Civil Veterinary Department. Madras. Admin. report 1926-33 - 1926-1933
Year: 1926
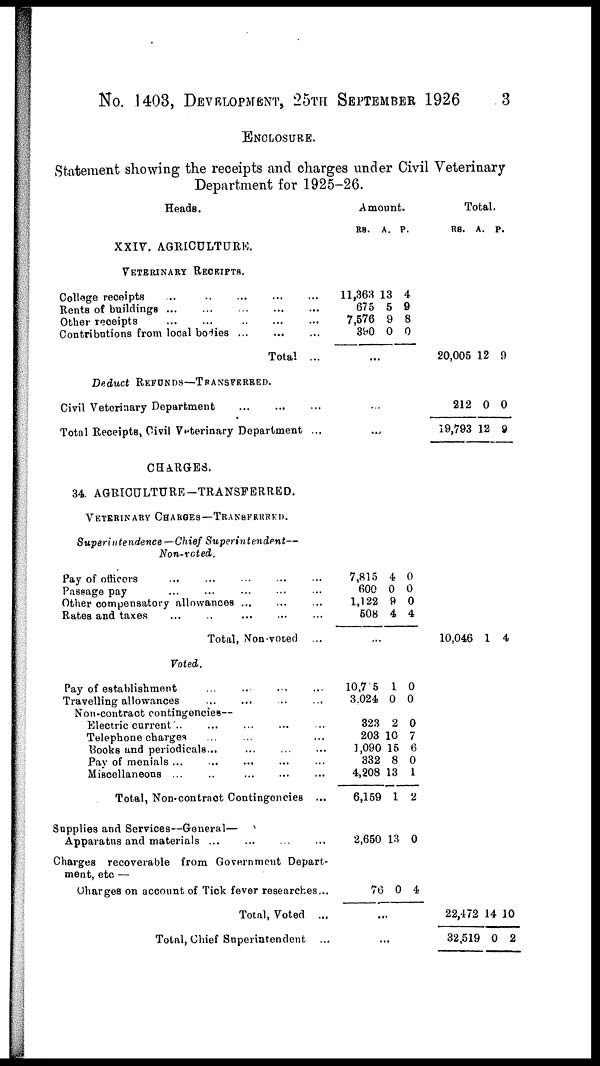
No. 1403, DEVELOPMENT, 25TH SEPTEMBER 1926
3
ENCLOSURE.
Statement showing the receipts and charges under Civil Veterinary
Department for 1925-26.
Heads.
XXIV. AGRICULTURE.
VETERINARY RECEIPTS.
College receipts
...
..
...
...
Rents of buildings
...
...
...
...
Other receipts
...
...
..
...
Contributions from local bodies
...
...
...
Total ...
Deduct REFUNDS—TRANSFERRED.
Civil Veterinary Department
...
...
...
Total Receipts, Civil Veterinary Department ...
CHARGES.
34. AGRICULTURE-TRANSFERRED.
VETERINARY CHARGES—TRANSFERRED.
Superintendence—Chief
Superintendent—
Non-noted.
Pay of officers
...
...
...
...
...
Passage pay
...
...
...
...
Other compensatory allowances ... ... ...
Rates and taxes
...
... ... ... ...
Total, Non-vorted ...
Voted.
Pay of establishment
...
...
...
...
...
Travelling allowances
...
...
...
...
Non-contract contingencies—
Electric current
..
...
...
...
Telephone charges ... ... ... ...
Books and periodicals...
...
...
...
...
Pay of menials
...
...
...
...
...
Miscellaneous
...
..
...
...
Total, Non-contract Contingencies ...
Amount.
RS.
11,363
675
7,576
390
A.
13
5
9
0
P.
4
9
8
0
...
...
...
7,815
600
1,122
608
4
0
9
4
0
0
0
4
...
10,75
3,024
323
203
1,090
332
4,208
6,159
1
0
2
10
15
8
13
1
0
0
0
7
6
0
1
2
Total.
RS.
20,005
212
19,793
10,046
A.
12
0
12
1
P.
9
0
9
4
Supplies and Services—General—
Apparatus and materials
...
...
...
...
Charges recoverable from Government Depart-
ment, etc —
Charges on account of Tick fever researches...
Total, Voted ...
Total, Chief Superintendent ...
2,650
76
13
0
0
4
...
...
22,472
32,519
14
0
10
2